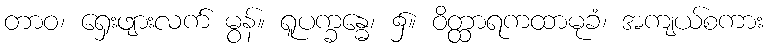
တာဝ၊ ရှေးဖျားလက် မွန်။ ရူပက္ခန္ဓေ၊ ၌။ ဝိတ္ထာရကထာမုခံ၊ အကျယ်စကား